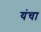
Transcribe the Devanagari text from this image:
यंचा